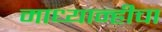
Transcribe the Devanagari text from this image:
माध्यान्हीचा